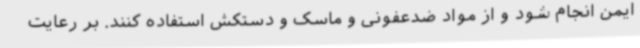
ایمن انجام شود و از مواد ضدعفونی و ماسک و دستکش استفاده کنند. بر رعایت